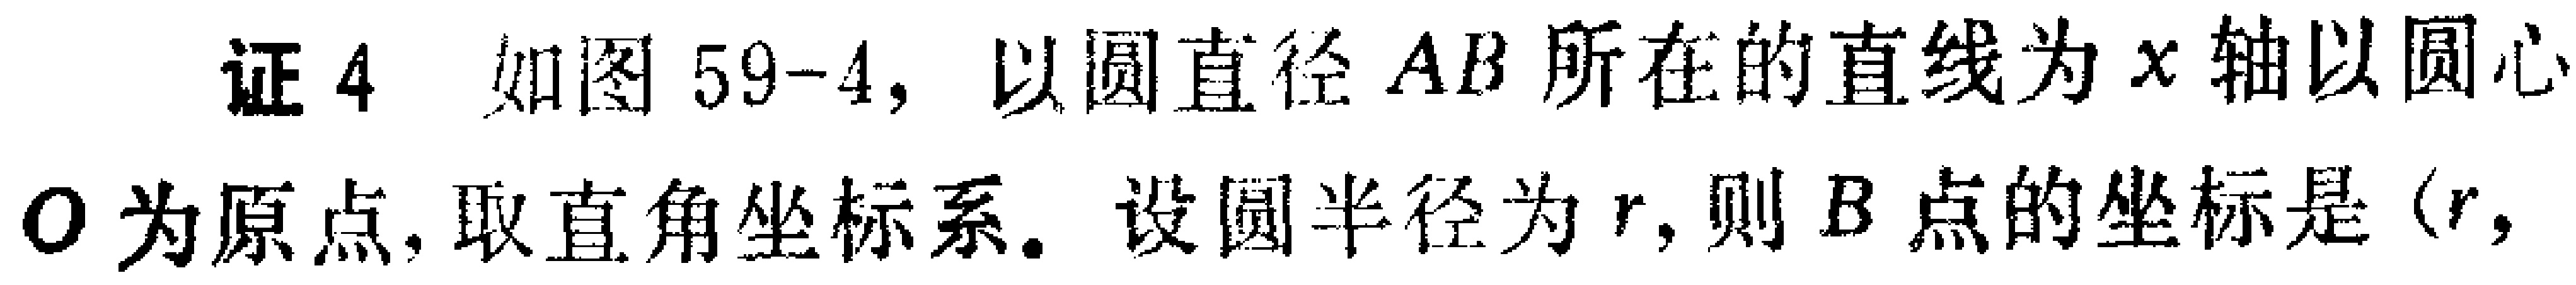
证4 如图59-4, 以圆直径 \(AB\) 所在的直线为 \(x\) 轴以圆心 \(O\) 为原点, 取直角坐标系. 设圆半径为 \(r\), 则 \(B\) 点的坐标是\((r,\)